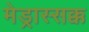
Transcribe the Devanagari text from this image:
मेड्रास्सक्क